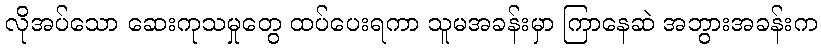
လိုအပ်သော ဆေးကုသမှုတွေ ထပ်ပေးရကာ သူမအခန်းမှာ ကြာနေဆဲ အဘွားအခန်းက